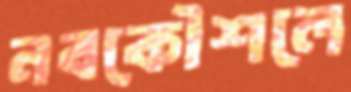
নবকৌশলে